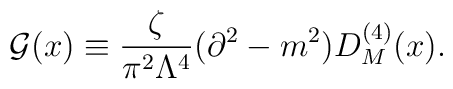
{\cal G}(x)\equiv\frac{\zeta}{\pi^2\Lambda^4}(\partial^2-m^2)D_M^{(4)}(x).